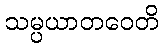
သမ္ပယာတဝေတိ